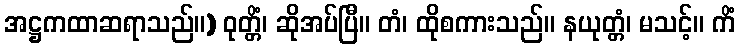
အဋ္ဌကထာဆရာသည်။) ဝုတ္တိံ၊ ဆိုအပ်ပြီ။ တံ၊ ထိုစကားသည်။ နယုတ္တံ၊ မသင့်။ ကိံ